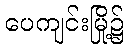
ပေကျင်းမြို့၌